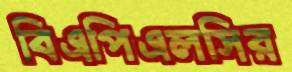
বিএপিএলসির